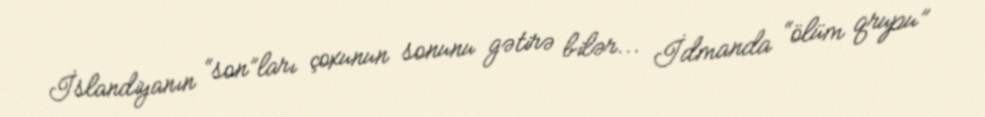
İslandiyanın “son”ları çoxunun sonunu gətirə bilər... İdmanda “ölüm qrupu”